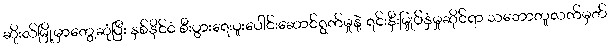
ဆိုးလ်မြို့မှာတွေ့ဆုံပြီး နှစ်နိုင်ငံ စီးပွားရေးပူးပေါင်းဆောင်ရွက်မှုနဲ့ ရင်းနှီးမြှုပ်နှံမှုဆိုင်ရာ သဘောတူလက်မှတ်